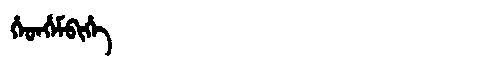
Manchu: ᡥᡝᡨᡥᡝᠮᠪᡳᡥᡝ
Romanization: HETHEMBIHE